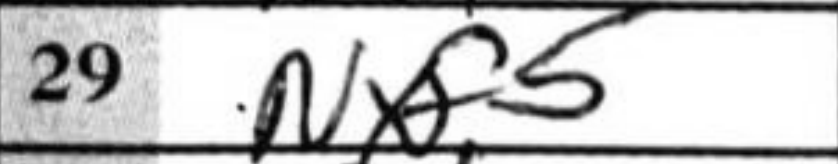
Transcription: Nxf5